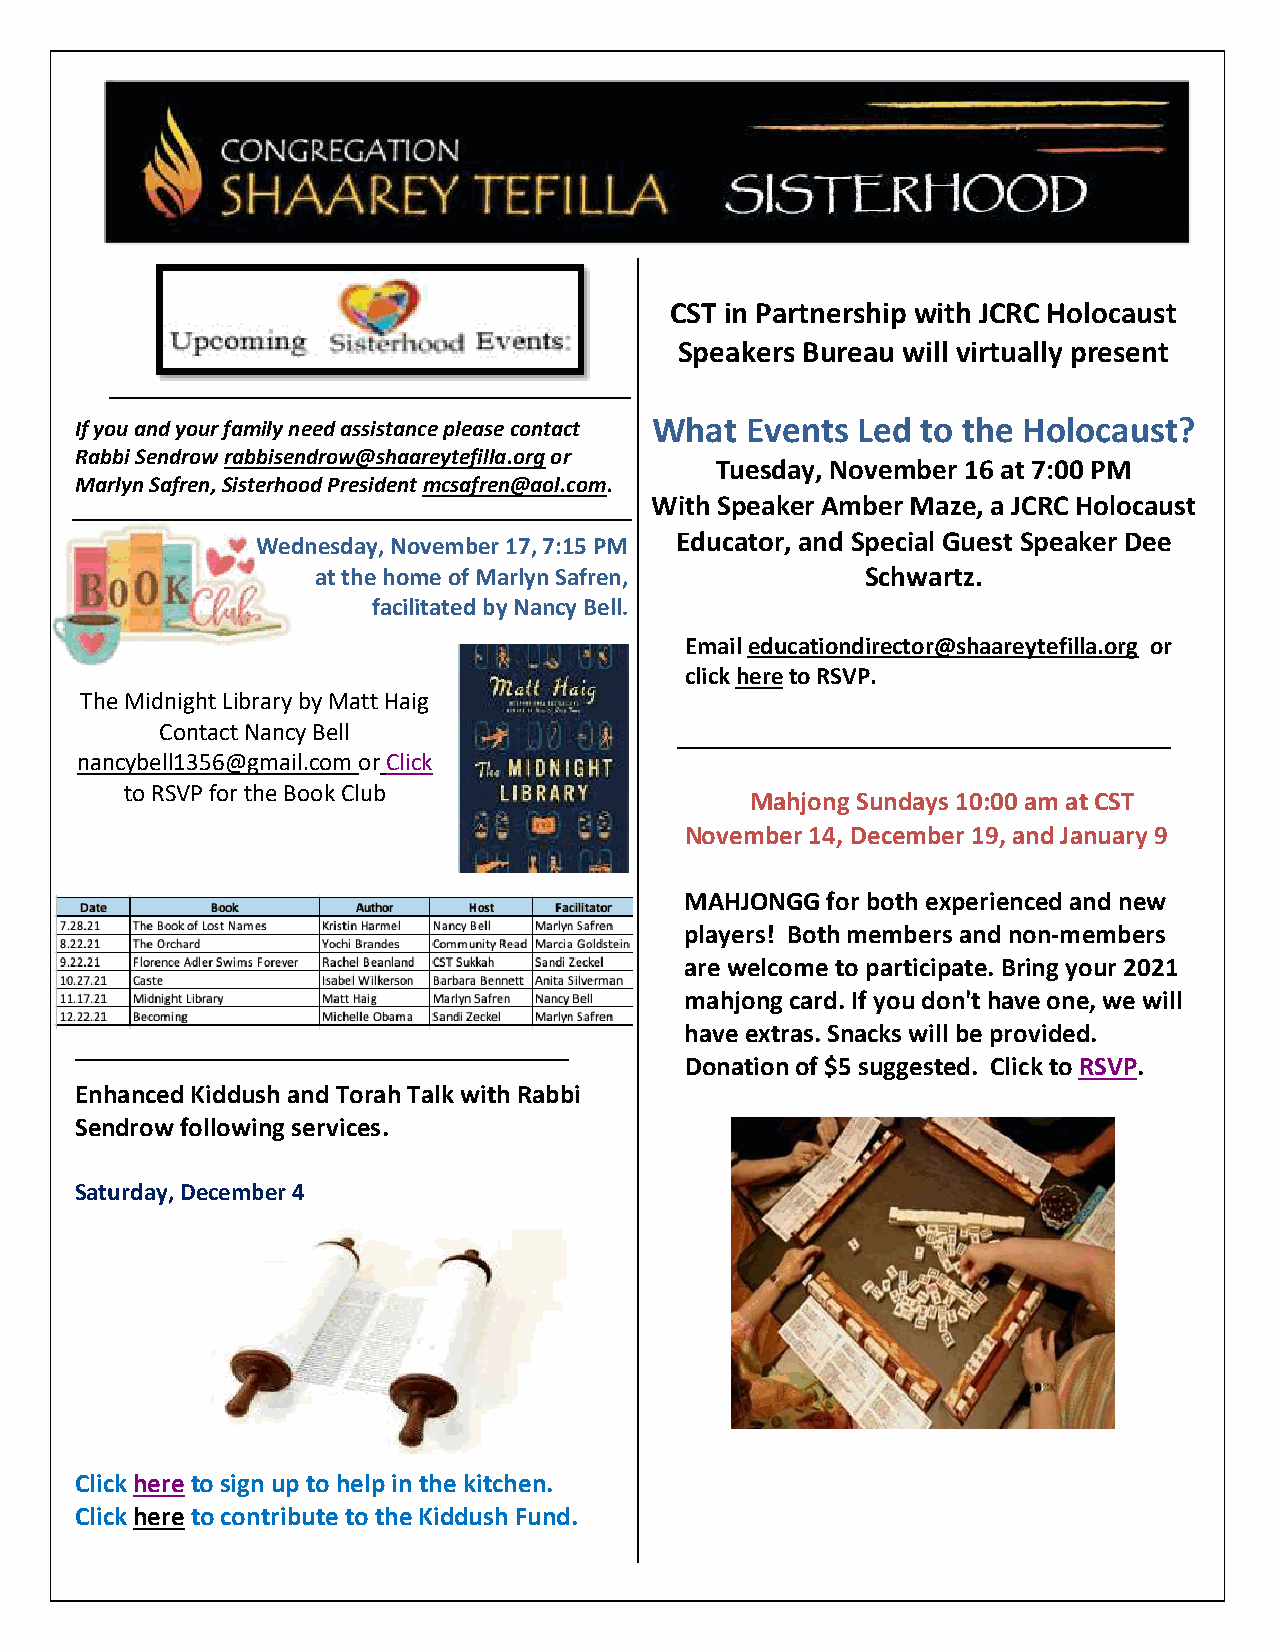
CST in Partnership with JCRC Holocaust
 Speakers Bureau will virtually present
 If you and your family need assistance please contact What Events Led to the Holocaust?
 Rabbi Sendrow rabbisendrow@shaareytefilla.org or
 Tuesday, November 16 at 7:00 PM
 Marlyn Safren, Sisterhood President mcsafren@aol.com.
 With Speaker Amber Maze, a JCRC Holocaust
 Educator, and Special Guest Speaker Dee
 Wednesday, November 17, 7:15 PM
 at the home of Marlyn Safren,       Schwartz.
 facilitated by Nancy Bell.
 Email educationdirector@shaareytefilla.org or
 click here to RSVP.
 The Midnight Library by Matt Haig
 Contact Nancy Bell                __________________________________
 nancybell1356@gmail.com or Click
 to RSVP for the Book Club
 Mahjong Sundays 10:00 am at CST
 November 14, December 19, and January 9
 MAHJONGG  for both experienced and new
 players! Both members and non-members
 are welcome to participate. Bring your 2021
 mahjong card. If you don't have one, we will
 have extras. Snacks will be provided.
 __________________________________
 Donation of $5 suggested. Click to RSVP.
 Enhanced Kiddush and Torah Talk with Rabbi
 Sendrow following services.
 Saturday, December 4
 Click here to sign up to help in the kitchen.
 Click here to contribute to the Kiddush Fund.